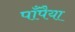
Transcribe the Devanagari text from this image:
पाँपैया